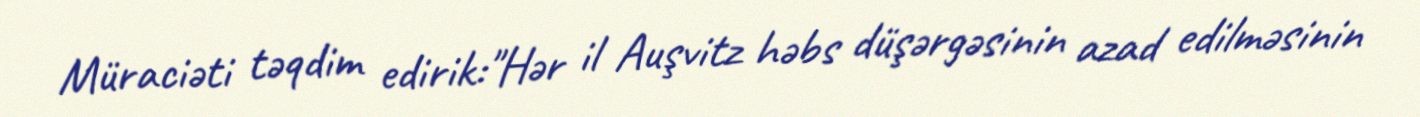
Müraciəti təqdim edirik:"Hər il Auşvitz həbs düşərgəsinin azad edilməsinin